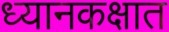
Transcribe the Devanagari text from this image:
ध्यानकक्षात